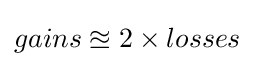
gains\approxeq 2\times losses